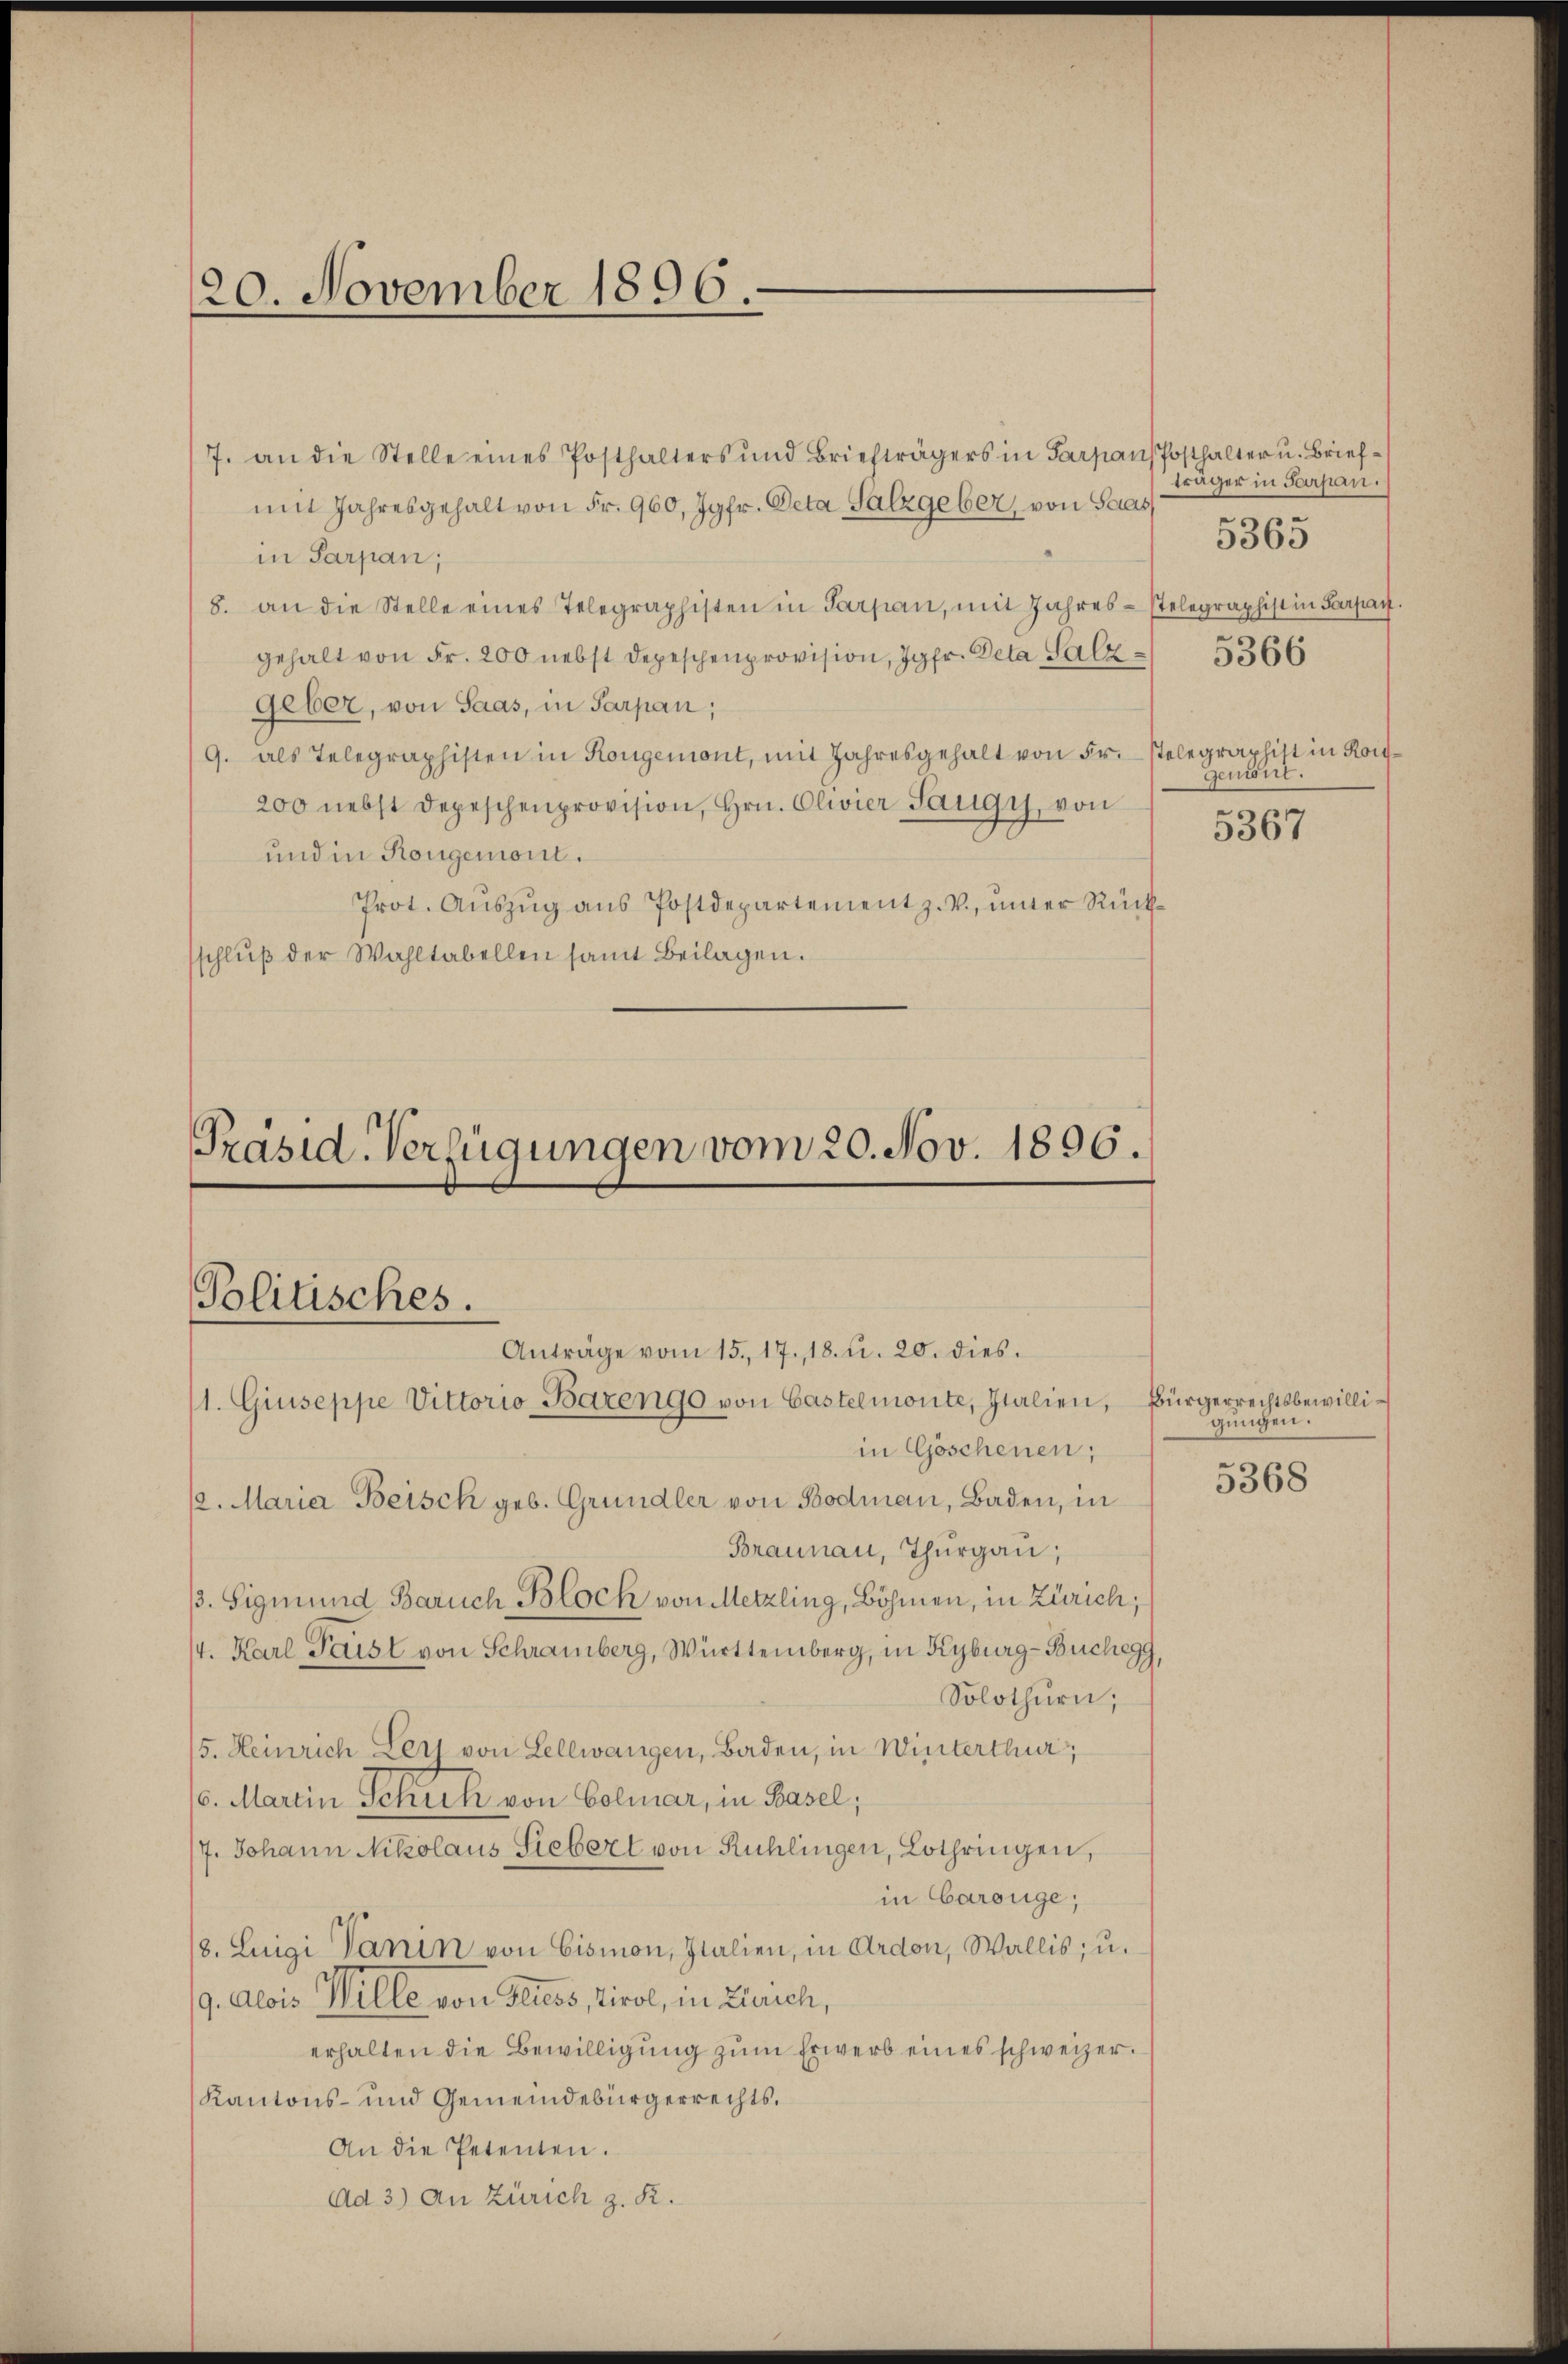
7. an die Stelle eines Posthalters und Briefträgers in Parpans Posthalter u. Briefmit Jahresgehalt von Fr. 960, Jgfr. Deta Salzgeber, von Saas
in Parpan;
8. an die Stelle eines Telegraphisten in Tarpan, mit Jahres-stelegraphist in Sargau.
gehalt von Fr. 200 nebst Depeschenprovision, Jgfr. Deta Salzgeber, von Saas, in Sarpan;
9. als Telegraphisten in Kongemont, mit Jahresgehalt von Fr. stelegraphist in Kon¬
200 nebst Depeschenprovision, Hrn. Clivier Saugy, von
und in Rongemont.
Prot. Aŭszŭg ans Postdepartement z. V., unter Rückschlŭβ der Wahltabellen samt Beilagen.

Präsid. Verfügungen vom 20. Nov. 1896.
Politisches.
Anträge vom 15. 17., 18. d. 20. dies
1. Giuseppe Vittorio Bazengo von Castelmonte, Italien, Bürgerrechtsbewilliin Göschenen;
/2. Maria Beisch geb. Grundler von Bodmann, Baden, in

20. November 1806.

Braunau, Thurgau,
p. Sigmund Baruch Bloch von Metzling, Böhmen, in Zürich;
/4. Karl Paist von Schramberg, Württemberg, in Kyburg-Buchegg,
Solothurn,
5. Heinrich Lerj von Lellwangen, Baden, in Winterthur,
(6. Martin Schick von Colmar, in Basel;
17. Johann Nikolaus Siebert von Rühlingen, Lothringen,
in Carouge;
/8. Luigi Panin von Eismon, Italien, in Ardon, Wallis, u.
9. Alois Welle von Fliess, Tirol, in Zürich,
erhalten die Bewilligung zum Erwerb eines schweizer¬
Kantons- und Gemeindebürgerrechts.
An die Petenten.
Ad 3) An Zürich z. R.

träger in Sarpan.
5366

5365

Geniert.
5367

gungen:

5368